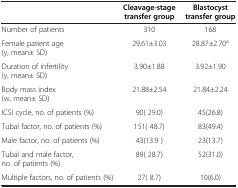
|  | Cleavage-stage transfer group | Blastocyst transfer group |
 | --- | --- | --- |
 | Number of patients | 310 | 168 |
 | Female patient age (y, mean± SD) | 29.61±3.03 | 28.87±2.70a |
 | Duration of infertility (y, mean± SD) | 3.90±1.88 | 3.92±1.90 |
 | Body mass index (w, mean± SD) | 21.88±2.54 | 21.84±2.24 |
 | ICSI cycle, no. of patients (%) | 90( 29.0) | 45(26.8) |
 | Tubal factor, no. of patients (%) | 151( 48.7) | 83(49.4) |
 | Male factor, no. of patients (%) | 43(13.9 ) | 23(13.7) |
 | Tubal and male factor, no. of patients (%) | 89( 28.7) | 52(31.0) |
 | Multiple factors, no. of patients (%) | 27( 8.7) | 10(6.0) |